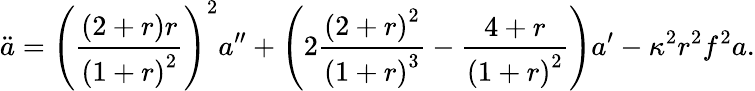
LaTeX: \ddot{a}=\left(\frac{\left(2+r\right)r}{\left(1+r\right)^{2}}\right)^{2}a^{\prime\prime}+\left(2\frac{\left(2+r\right)^{2}}{\left(1+r\right)^{3}}-\frac{4+r}{\left(1+r\right)^{2}}\right)a^{\prime}-\kappa^{2}r^{2}f^{2}a.